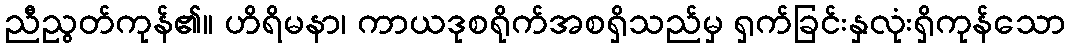
ညီညွတ်ကုန်၏။ ဟိရိမနာ၊ ကာယဒုစရိုက်အစရှိသည်မှ ရှက်ခြင်းနှလုံးရှိကုန်သော